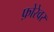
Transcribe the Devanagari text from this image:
फ़ोरेवर